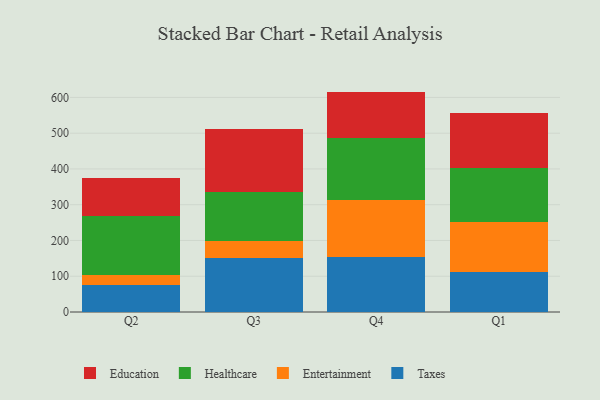
{"axis": {"x": "Quarter", "y": "Revenue (USD Million)"}, "legend": ["Education", "Entertainment", "Healthcare", "Taxes"], "data": [{"x": "Q2", "y": 74.4, "type": "Taxes"}, {"x": "Q2", "y": 27.7, "type": "Entertainment"}, {"x": "Q2", "y": 165.7, "type": "Healthcare"}, {"x": "Q2", "y": 106.8, "type": "Education"}, {"x": "Q3", "y": 150.1, "type": "Taxes"}, {"x": "Q3", "y": 47.5, "type": "Entertainment"}, {"x": "Q3", "y": 137.8, "type": "Healthcare"}, {"x": "Q3", "y": 176.0, "type": "Education"}, {"x": "Q4", "y": 153.9, "type": "Taxes"}, {"x": "Q4", "y": 158.4, "type": "Entertainment"}, {"x": "Q4", "y": 175.5, "type": "Healthcare"}, {"x": "Q4", "y": 128.5, "type": "Education"}, {"x": "Q1", "y": 113.1, "type": "Taxes"}, {"x": "Q1", "y": 137.3, "type": "Entertainment"}, {"x": "Q1", "y": 153.5, "type": "Healthcare"}, {"x": "Q1", "y": 153.8, "type": "Education"}]}